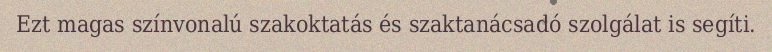
Ezt magas színvonalú szakoktatás és szaktanácsadó szolgálat is segíti.